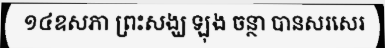
១៤ឧសភា ព្រះសង្ឃ ឡុង ចន្ថា បានសរសេរ